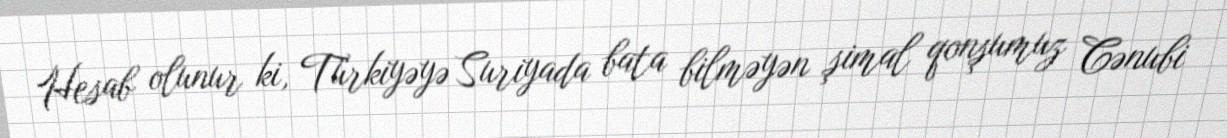
Hesab olunur ki, Türkiyəyə Suriyada bata bilməyən şimal qonşumuz Cənubi